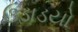
ઉડાડયો